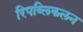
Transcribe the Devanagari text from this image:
रिपब्लिकलन